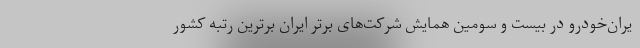
یران‌خودرو در بیست و سومین همایش شرکت‌های برتر ایران برترین رتبه کشور